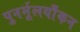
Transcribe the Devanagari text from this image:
पुनर्मूलयाँकन